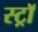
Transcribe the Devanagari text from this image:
स्ट्राॅ